Civil Veterinary Department. Madras. Admin. report 1910-25 - 1910-1925
Year: 1910
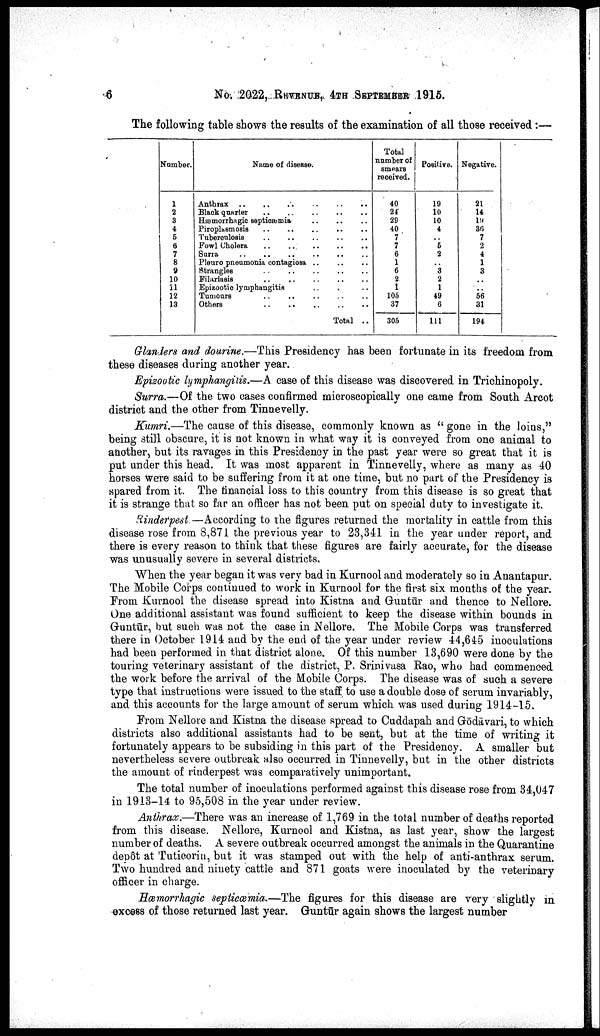
6
No. 2022, REVENUE, 4TH SEPTEMBER 1915.
The following table shows the results of the examination of all those received:—
Number.
1
2
3
4
5
6
7
8
9
10
11
12
13
Name of disease.
Anthrax .. .. .. .. .. ..
Black quarter
..
..
..
..
..
Hæmorrhagic septicæmia .. .. ..
Piroplasmosis .. .. .. .. ..
Tuberculosis .. .. .. .. ..
Fowl Cholera .. .. .. .. ..
Surra .. .. .. .. .. ..
Pleuro pneumonia contagiosa
..
..
..
Strangles
..
..
..
..
..
Filariasis .. .. .. .. ..
Epizootic lymphangitis .. .. ..
Tumours .. .. .. .. ..
Others .. .. .. .. ..
Total ..
Total
number of
smears
received.
40
24
29
40
7
7
6
1
6
2
1
105
37
305
Positive.
19
10
10
4
..
5
2
..
3
2
1
49
6
111
Negative.
21
14
19
36
7
2
4
1
3
..
..
56
31
194
Glanders and dourine.—This Presidency has been fortunate in its freedom from
these diseases during another year.
Epizootic lymphangitis.—A case of this disease was discovered in Trichinopoly.
Surra.—Of the two cases confirmed microscopically one came from South Arcot
district and the other from Tinnevelly.
Kumri.—The cause of this disease, commonly known as "gone in the loins,"
being still obscure, it is not known in what way it is conveyed from one animal to
another, but its ravages in this Presidency in the past year were so great that it is
put under this head. It was most apparent in Tinnevelly, where as many as 40
horses were said to be suffering from it at one time, but no part of the Presidency is
spared from it. The financial loss to this country from this disease is so great that
it is strange that so far an officer has not been put on special duty to investigate it.
Rinderpest —According to the figures returned the mortality in cattle from this
disease rose from 8,871 the previous year to 23,341 in the year under report, and
there is every reason to think that these figures are fairly accurate, for the disease
was unusually severe in several districts.
When the year began it was very bad in Kurnool and moderately so in Anantapur.
The Mobile Corps continued to work in Kurnool for the first six months of the year.
From Kurnool the disease spread into Kistna and Guntūr and thence to Nellore.
One additional assistant was found sufficient to keep the disease within bounds in
Guntūr, but such was not the case in Nellore. The Mobile Corps was transferred
there in October 1914 and by the end of the year under review 44,645 inoculations
had been performed in that district alone. Of this number 13,690 were done by the
touring veterinary assistant of the district, P. Srinivasa Rao, who had commenced
the work before the arrival of the Mobile Corps. The disease was of such a severe
type that instructions were issued to the staff to use a double dose of serum invariably,
and this accounts for the large amount of serum which was used during 1914-15.
From Nellore and Kistna the disease spread to Cuddapah and Gōdāvari, to which
districts also additional assistants had to be sent, but at the time of writing it
fortunately appears to be subsiding in this part of the Presidency. A smaller but
nevertheless severe outbreak also occurred in Tinnevelly, but in the other districts
the amount of rinderpest was comparatively unimportant.
The total number of inoculations performed against this disease rose from 34,047
in 1913-14 to 95,508 in the year under review.
Anthrax.—There was an increase of 1,769 in the total number of deaths reported
from this disease. Nellore, Kurnool and Kistna, as last year, show the largest
number of deaths. A severe outbreak occurred amongst the animals in the Quarantine
depôt at Tuticorin, but it was stamped out with the help of anti-anthrax serum.
Two hundred and ninety cattle and 871 goats were inoculated by the veterinary
officer in charge.
Hæmorrhagic septicæmia.—The figures for this disease are very slightly in
excess of those returned last year. Guntūr again shows the largest number